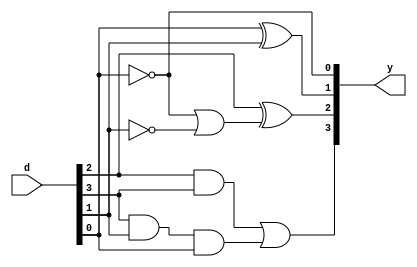
module e3b(d, y);
input [3:0] d;  
output [3:0] y;
assign y[0]=~d[0];
assign y[1]=d[0]^d[1];
assign y[2]=d[2]^((~d[0])|(~d[1]));
assign y[3]=(d[2]&d[3])|(d[3]&d[1]&d[0]);
endmodule

module testbench();
reg [3:0]d;
wire [3:0]y;
e3b s1(d,y);
initial
begin
d=4'b0011;
#10 d=4'b0100;
#10 d=4'b0101;
#10 d=4'b0110;
#10 d=4'b0111;
#10 d=4'b1000;
#10 d=4'b1001;
#10 d=4'b1010;
#10 d=4'b1011;
#10 d=4'b1100;
#10 $finish;
end
endmodule